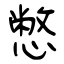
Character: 憋